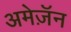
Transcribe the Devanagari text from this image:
अमेज़ॅन